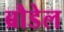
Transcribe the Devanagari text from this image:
ब्रौडेल